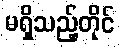
မရှိသည့်တိုင်